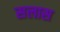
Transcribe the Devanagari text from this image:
सलास